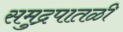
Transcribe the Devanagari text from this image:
समुद्रपातळी